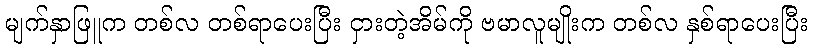
မျက်နှာဖြူက တစ်လ တစ်ရာပေးပြီး ငှားတဲ့အိမ်ကို ဗမာလူမျိုးက တစ်လ နှစ်ရာပေးပြီး